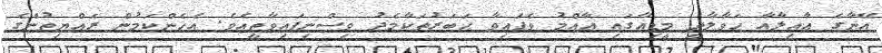
އޭނާގެ ޢާއިލާއާ ޙަވާލާދީ މީޑިއާގައި ޢާއްމު ވެފައިވާ ޚަބަރުތަކާމެދު ވިސްނިފައިވާތީއެވެ. އެހެންކަމުން ރައްޔިތުންގެ